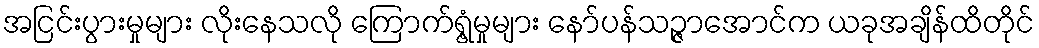
အငြင်းပွားမှုများ လိုးနေသလို ကြောက်ရွံ့မှုများ နော်ပန်သဉ္ဇာအောင်က ယခုအချိန်ထိတိုင်